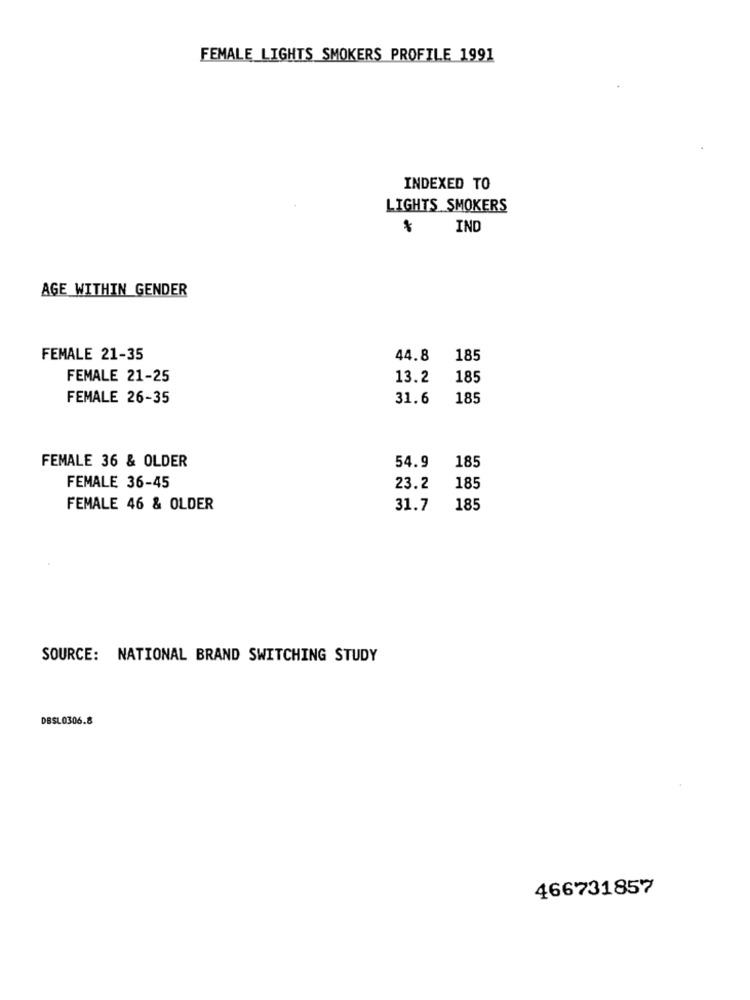
FEMALE LIGHTS SMOKERS PROFILE 1991
INDEXED TO
LIGHTS SMOKERS
IND
AGE WITHIN GENDER
FEMALE 21-35
44.8
185
FEMALE 21-25
13.2
185
FEMALE 26-35
31.6
185
FEMALE 36 & OLDER
54.9
185
FEMALE 36-45
23.2
185
FEMALE 46 & OLDER
31.7
185
SOURCE: NATIONAL BRAND SWITCHING STUDY
DBSL0306.8
466731857